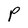
Character: P